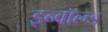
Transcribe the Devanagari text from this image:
इन्वॉल्व्ड